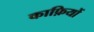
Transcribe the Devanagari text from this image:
काफ़ियों